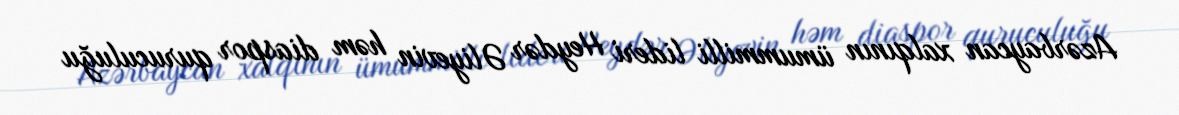
Azərbaycan xalqının ümummilli lideri Heydər Əliyevin həm diaspor quruculuğu